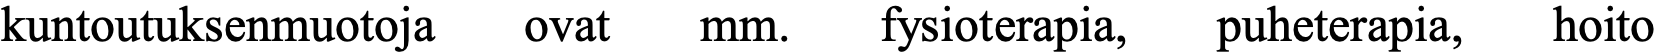
kuntoutuksenmuotoja ovat mm. fysioterapia, puheterapia, hoito